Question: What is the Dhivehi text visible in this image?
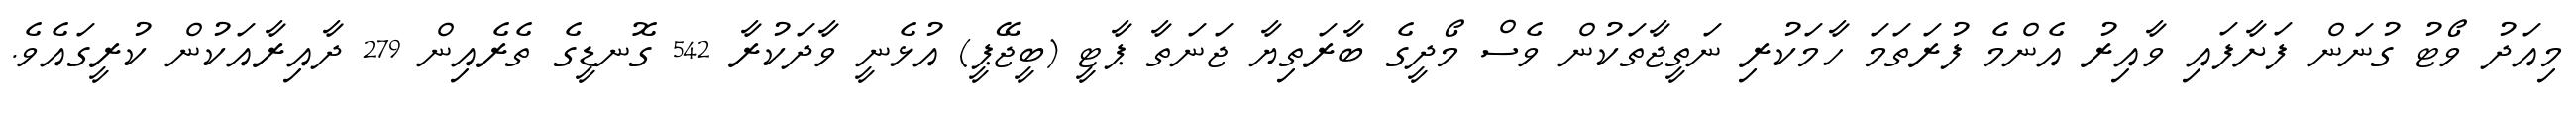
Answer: މިއަދު ވޯޓު ގުނަން ފަށާފައި ވާއިރު އެންމެ ފުރަތަމަ ހާމަކުރި ނަތީޖާތަކުން ވެސް މޯދީގެ ބާރަތިޔާ ޖަނަތާ ޕާޓީ (ބީޖޭޕީ) އުޅެނީ ވާދަކުރާ 542 ގޮނޑީގެ ތެރެއިން 279 ދާއިރާއަކުން ކުރީގައެވެ.